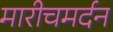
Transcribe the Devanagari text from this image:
मारीचमर्दन